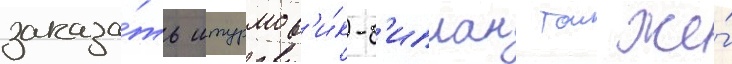
заказа́ть штурмов'и́к-б'иплан тои же́